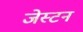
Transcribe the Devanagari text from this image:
जेस्टन